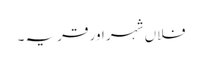
فلاں شہر اور قریہ ۔